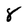
Character: 8